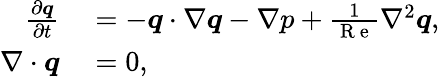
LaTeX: \begin{array}{rl}{\frac{\partial\boldsymbol{q}}{\partial t}}&{{}=-\boldsymbol{q}\cdot\nabla\boldsymbol{q}-\nabla p+\frac{1}{\mathrm{~R~e~}}\nabla^{2}\boldsymbol{q},}\\ {\nabla\cdot\boldsymbol{q}}&{{}=0,}\end{array}